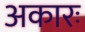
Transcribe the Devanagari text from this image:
अकारः